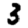
Digit: 3